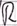
Text: R